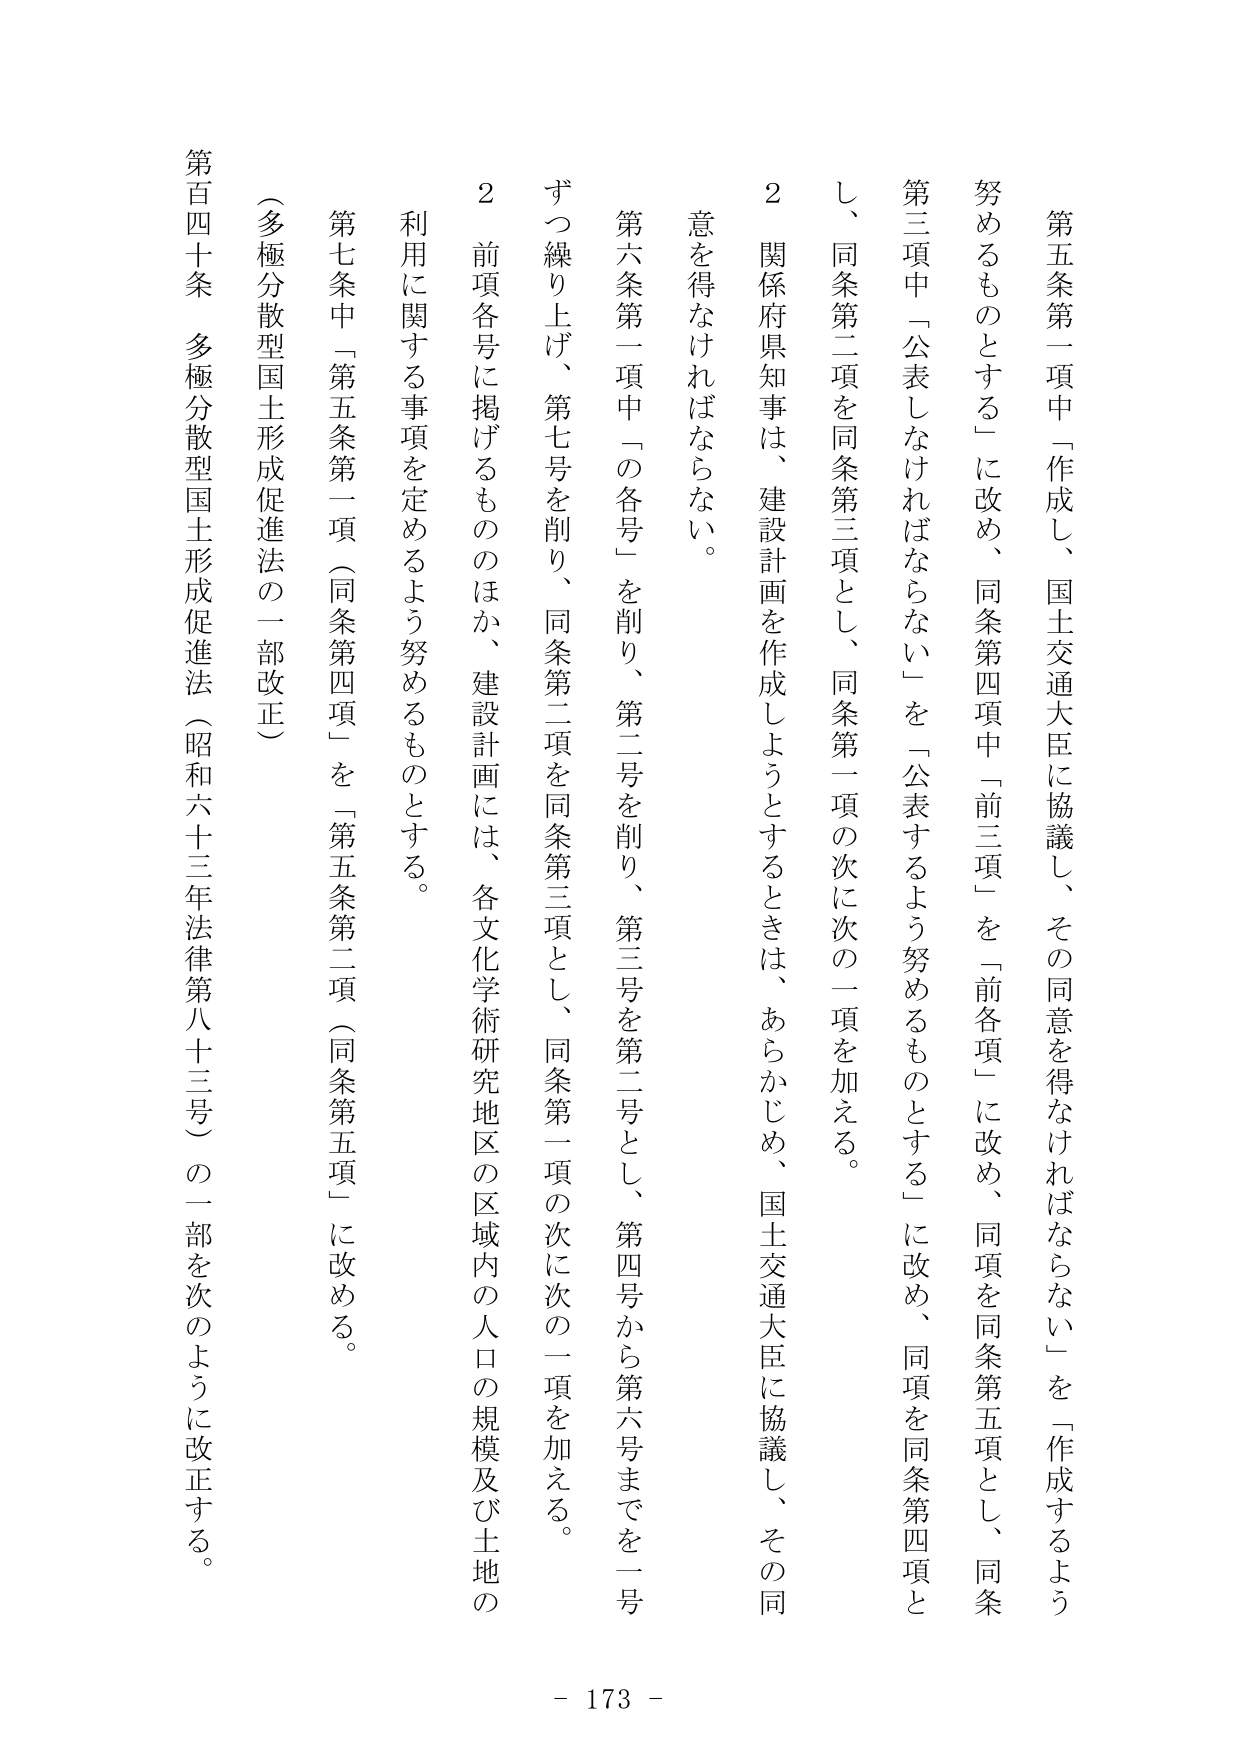
第五条第一項中「作成し、国土交通大臣に協議し、その同意を得なければならない」を「作成するよう努めるものとする」に改め、同条第四項中「前三項」を「前各項」に改め、同項を同条第五項とし、同条第三項中「公表しなければならない」を「公表するよう努めるものとする」に改め、同項を同条第四項とし、同条第二項を同条第三項とし、同条第一項の次に次の二項を加える。

２　関係府県知事は、建設計画を作成しようとするときは、あらかじめ、国土交通大臣に協議し、その同意を得なければならない。

第六条第一項中「の各号」を削り、第二号を削り、第三号を第二号とし、第四号から第六号までを一号ずつ繰り上げ、第七号を削り、同条第二項を同条第三項とし、同条第一項の次に次の二項を加える。

２　前項各号に掲げるもののほか、建設計画には、各文化学術研究地区の区域内の人口の規模及び土地の利用に関する事項を定めるよう努めるものとする。

第七条中「第五条第一項（同条第四項）」を「第五条第二項（同条第五項）」に改める。

（多極分散型国土形成促進法の一部改正）

第百四十条　多極分散型国土形成促進法（昭和六十三年法律第八十三号）の一部を次のように改正する。

- 173 -